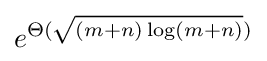
e^{\Theta ({\sqrt {(m+n)\log(m+n)}})}